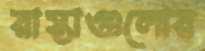
রাস্তাগুলোর